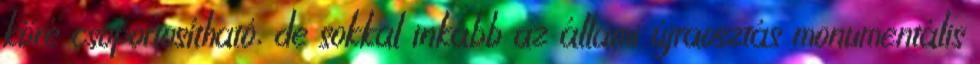
köré csoportosítható, de sokkal inkább az állami újraosztás monumentális